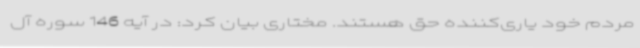
مردم خود یاری‌کننده حق هستند. مختاری بیان کرد: در آیه 146 سوره آل